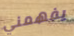
يفهمني